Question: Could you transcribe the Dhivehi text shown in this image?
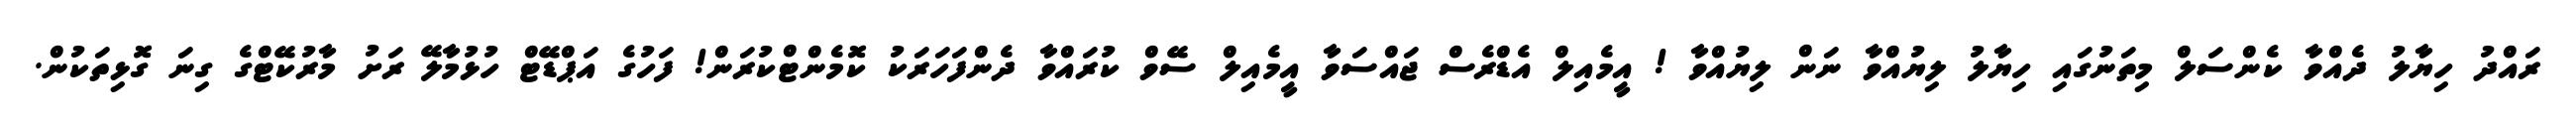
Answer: ރައްދު ހިޔާލު ދެއްވާ ކެންސަލް މިތަނުގައި ހިޔާލު ލިޔުއްވާ ނަން ލިޔުއްވާ ! އީމެއިލް އެޑްރެސް ޖައްސަވާ އީމެއިލް ސޭވް ކުރައްވާ ދެންފަހަރަކު ކޮމެންޓްކުރަން! ފަހުގެ އަޕްޑޭޓް ހުޅުމާލޭ ރަށު މާރުކޭޓްގެ ގިނަ ގޮޅިތަކުން.